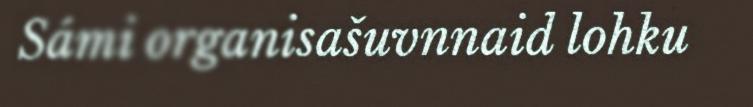
Sámi organisašuvnnaid lohku